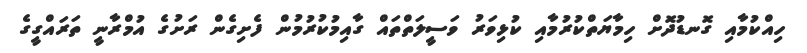
ހިއްކުމާއި ގޮނޑުދޮށް ހިމާޔަތްކުރުމާއި ކުޅިވަރު ވަސީލަތްތައް ގާއިމުކުރުމުން ފެށިގެން ރަށުގެ އުމްރާނީ ތަރައްގީގެ